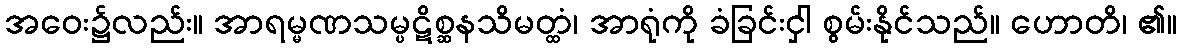
အဝေး၌လည်း။ အာရမ္မဏသမ္ပဋိစ္ဆနသိမတ္ထံ၊ အာရုံကို ခံခြင်းငှါ စွမ်းနိုင်သည်။ ဟောတိ၊ ၏။